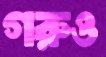
গরুও